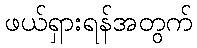
ဖယ်ရှားရန်အတွက်